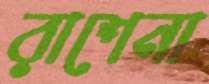
রাশেনা